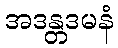
အဒန္တဒမနံ